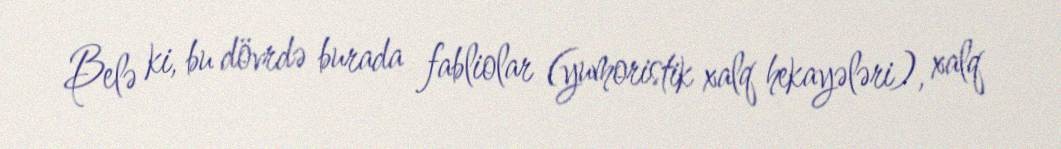
Belə ki, bu dövrdə burada fabliolar (yumoristik xalq hekayələri), xalq